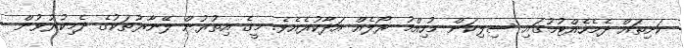
ކަށިތައް ދެމެހެއްޓުމުގައި ސިލިކަން މުހިއްމު ރޯލެއް އަދާކުރެއެވެ. މީގެ އިތުރުން ލޭނާރުތަކުގެ ދެމިކުރުވުން